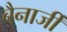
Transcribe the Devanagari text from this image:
बैनार्जी